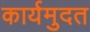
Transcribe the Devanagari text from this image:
कार्यमुदत